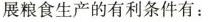
展粮食生产的有利条件有：